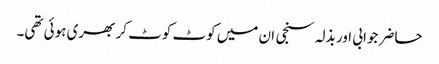
حاضر جوابی اور بذلہ سنجی ان میں کوٹ کوٹ کر بھری ہوئی تھی۔